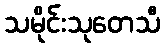
သမိုင်းသုတေသီ